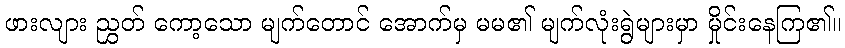
ဖားလျား ညွှတ် ကော့သော မျက်တောင် အောက်မှ မမ၏ မျက်လုံးရွဲများမှာ မှိုင်းနေကြ၏။